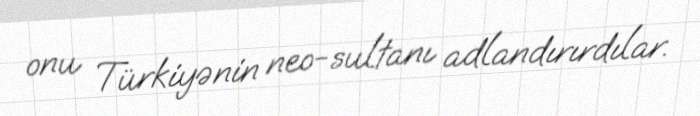
onu Türkiyənin neo-sultanı adlandırırdılar.